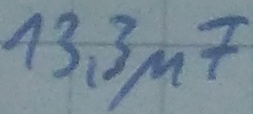
Text: 13,3µF